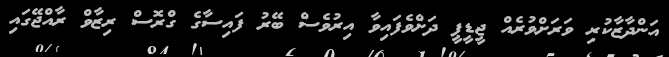
އަންދާޒާކުރި ވަރަށްވުރެއް ޖީޑީޕީ ދަށްވެފައިވާ އިރުވެސް ބޭރު ފައިސާގެ ގްރޮސް ރިޒާވް ރާއްޖޭގައި